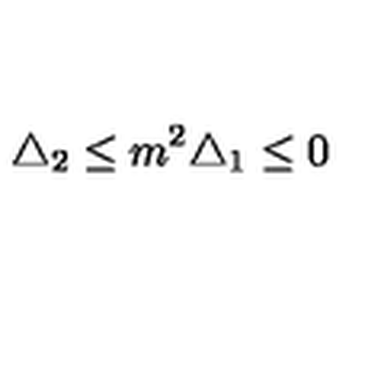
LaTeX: \bigtriangleup _ { 2 } \leq m ^ { 2 } \bigtriangleup _ { 1 } \leq 0